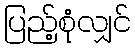
ပြည့်စုံလျှင်